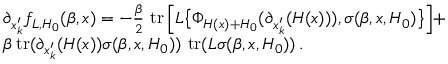
\begin{array} { r l } & { \partial _ { x _ { k } ^ { \prime } } f _ { L , H _ { 0 } } ( \beta , x ) = - \frac { \beta } { 2 } \, \operatorname { t r } \Big [ L \big \{ \Phi _ { H ( x ) + H _ { 0 } } ( \partial _ { x _ { k } ^ { \prime } } ( H ( x ) ) ) , \sigma ( \beta , x , H _ { 0 } ) \big \} \Big ] + } \\ & { \beta \operatorname { t r } ( \partial _ { x _ { k } ^ { \prime } } ( H ( x ) ) \sigma ( \beta , x , H _ { 0 } ) ) \, \operatorname { t r } ( L \sigma ( \beta , x , H _ { 0 } ) ) \, . } \end{array}